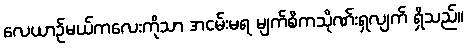
လေယာဉ်မယ်ကလေးကိုသာ အငမ်းမရ မျက်စိကသိုဏ်းရှလျက် ရှိသည်။